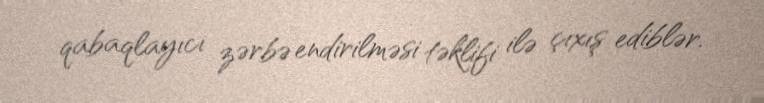
qabaqlayıcı zərbə endirilməsi təklifi ilə çıxış ediblər.